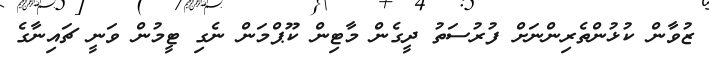
ޒުުވާން ކުޅުންތެރިންނަށް ފުރުސަތު ދީގެން މާޓިން ކޫޕްމަން ނެގި ޓީމުން ވަނީ ޗައިނާގެ